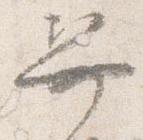
舁